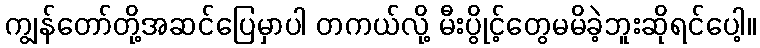
ကျွန်တော်တို့အဆင်ပြေမှာပါ တကယ်လို့ မီးပွိုင့်တွေမမိခဲ့ဘူးဆိုရင်ပေါ့။